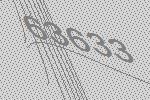
63633